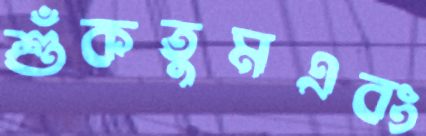
শুঁকতুমএবং